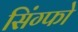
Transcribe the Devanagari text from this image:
सिंग्फो